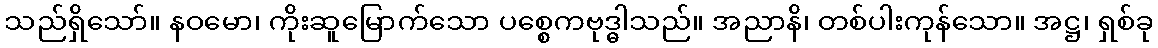
သည်ရှိသော်။ နဝမော၊ ကိုးဆူမြောက်သော ပစ္စေကဗုဒ္ဓါသည်။ အညာနိ၊ တစ်ပါးကုန်သော။ အဋ္ဌ၊ ရှစ်ခု